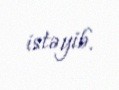
istəyib.